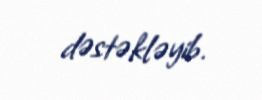
dəstəkləyib.